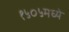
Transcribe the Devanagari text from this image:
१५०५मध्ये